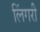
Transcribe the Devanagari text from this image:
लिंगरी